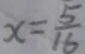
x = \frac { 5 } { 1 6 }